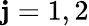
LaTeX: \mathbf{j}=1,2